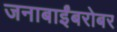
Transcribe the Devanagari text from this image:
जनाबाईंबरोबर